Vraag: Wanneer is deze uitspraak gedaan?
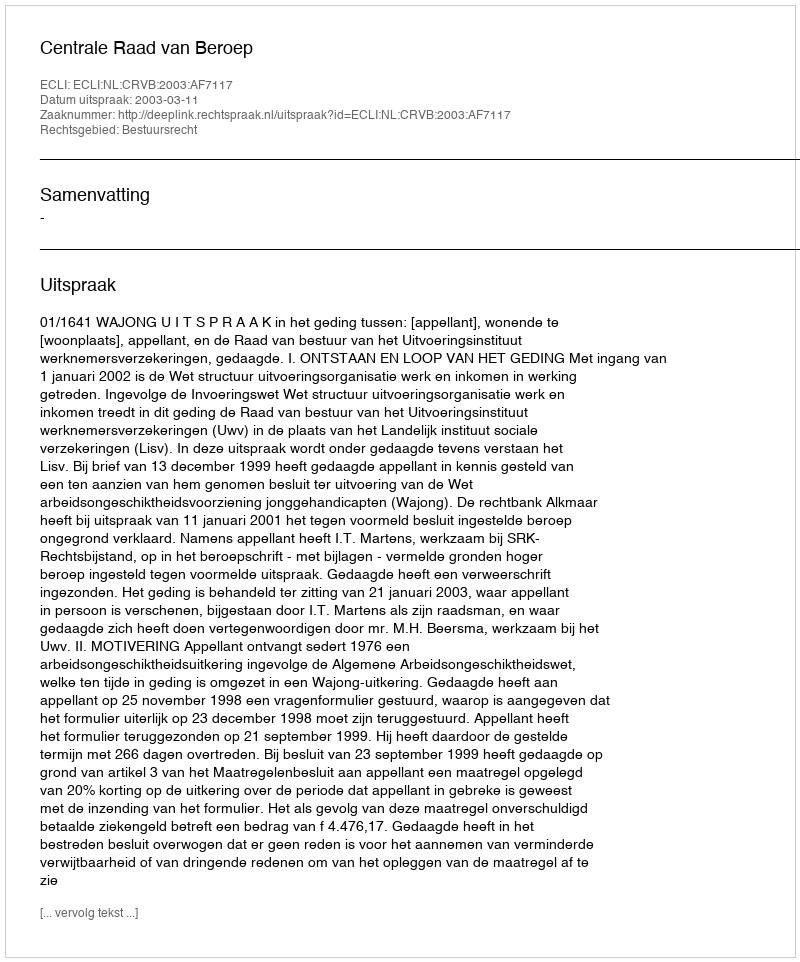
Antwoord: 2003-03-11